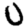
Digit: 0